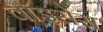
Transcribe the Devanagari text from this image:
वॉइसेस